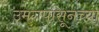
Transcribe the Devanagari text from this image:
उमगपासूनच्या